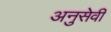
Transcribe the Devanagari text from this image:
अनुसेवी